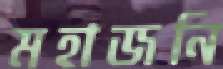
মহাজনি